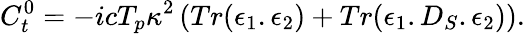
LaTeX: C_{t}^{0}={-icT_{p}\kappa^{2}}\left(Tr(\epsilon_{1}.\epsilon_{2})+Tr(\epsilon_{1}.D_{S}.\epsilon_{2})\right).